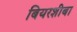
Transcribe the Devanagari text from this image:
बियरशीबा